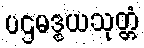
ပဌမဒွယသုတ္တံ